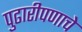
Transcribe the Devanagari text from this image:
पुढारीपणाचे